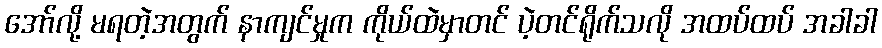
အော်လို့ မရတဲ့အတွက် နာကျင်မှုက ကိုယ်ထဲမှာတင် ပဲ့တင်ရိုက်သလို အထပ်ထပ် အခါခါ